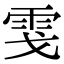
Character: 𩂅